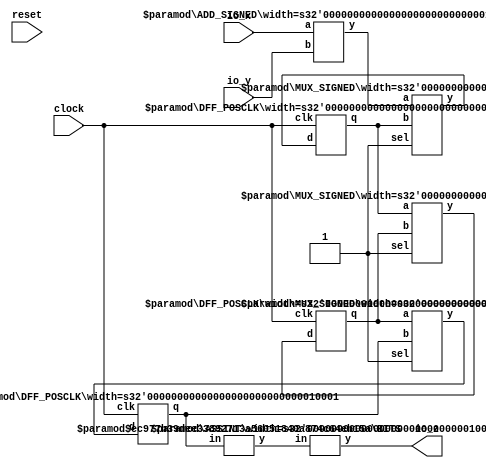
module SimpleDspModule(
    input clock,
    input reset,
    input [15:0] io_x,
    input [15:0] io_y,
    output [15:0] io_z
);
    wire [16:0] _T_5;
    ADD_SIGNED #(.width(16)) s_add_1 (
        .y(_T_5),
        .a(io_x),
        .b(io_y)
    );
    wire [16:0] __T_8__q;
    wire [16:0] __T_8__d;
    DFF_POSCLK #(.width(17)) _T_8 (
        .q(__T_8__q),
        .d(__T_8__d),
        .clk(clock)
    );
    wire [16:0] __T_10__q;
    wire [16:0] __T_10__d;
    DFF_POSCLK #(.width(17)) _T_10 (
        .q(__T_10__q),
        .d(__T_10__d),
        .clk(clock)
    );
    wire [16:0] __T_12__q;
    wire [16:0] __T_12__d;
    DFF_POSCLK #(.width(17)) _T_12 (
        .q(__T_12__q),
        .d(__T_12__d),
        .clk(clock)
    );
    MUX_SIGNED #(.width(17)) s_mux_2 (
        .y(__T_10__d),
        .sel(1'h1),
        .a(__T_8__q),
        .b(__T_10__q)
    );
    MUX_SIGNED #(.width(17)) s_mux_3 (
        .y(__T_12__d),
        .sel(1'h1),
        .a(__T_10__q),
        .b(__T_12__q)
    );
    MUX_SIGNED #(.width(17)) s_mux_4 (
        .y(__T_8__d),
        .sel(1'h1),
        .a(_T_5),
        .b(__T_8__q)
    );
    wire [15:0] _WTEMP_0;
    BITS #(.width(17), .high(15), .low(0)) bits_5 (
        .y(_WTEMP_0),
        .in(__T_12__q)
    );
    ASSINT #(.width(16)) assint_6 (
        .y(io_z),
        .in(_WTEMP_0)
    );
endmodule //SimpleDspModule
module ADD_SIGNED(y, a, b);
    parameter width = 4;
    output [width:0] y;
    input [width-1:0] a;
    input [width-1:0] b;
    assign y = $signed(a) + $signed(b);
endmodule // ADD_SIGNED
module DFF_POSCLK(q, d, clk);
    parameter width = 4;
    output reg [width-1:0] q;
    input [width-1:0] d;
    input clk;
    always @(posedge clk) begin
        q <= d;
    end
endmodule // DFF_POSCLK
module MUX_SIGNED(y, sel, a, b);
    parameter width = 4;
    output [width-1:0] y;
    input sel;
    input [width-1:0] a;
    input [width-1:0] b;
    assign y = sel ? $signed(a) : $signed(b);
endmodule // MUX_SIGNED
module BITS(y, in);
    parameter width = 4;
    parameter high = 2;
    parameter low = 0;
    output [high-low:0] y;
    input [width-1:0] in;
    assign y = in[high:low];
endmodule // BITS
module ASSINT(y, in);
    parameter width = 4;
    output [width-1:0] y;
    input [width-1:0] in;
    assign y = $signed(in);
endmodule // ASSINT